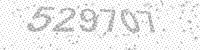
Solution: 529707